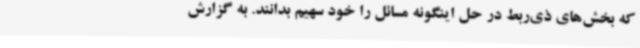
که بخش‌های ذی‌ربط در حل اینگونه مسائل را خود سهیم بدانند. به گزارش